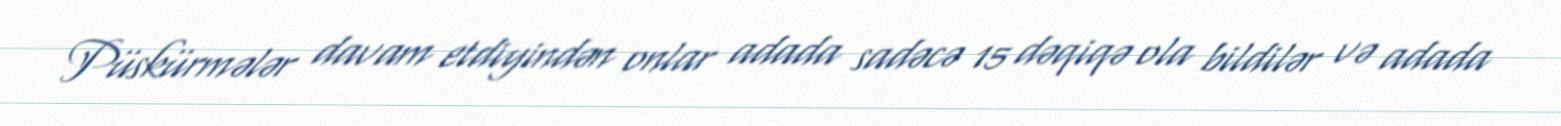
Püskürmələr davam etdiyindən onlar adada sadəcə 15 dəqiqə ola bildilər və adada